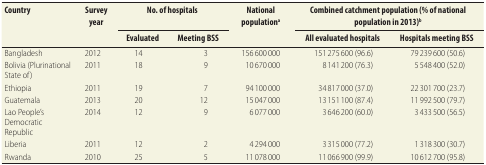
<table><thead><tr><td rowspan="2"><b>Country</b></td><td rowspan="2"><b>Survey year</b></td><td colspan="2"><b>No. of hospitals</b></td><td rowspan="2"><b>National population<sup>a</sup></b></td><td colspan="2"><b>Combined catchment population (% of national population in 2013)<sup>b</sup></b></td></tr><tr><td><b>Evaluated</b></td><td><b>Meeting BSS</b></td><td><b>All evaluated hospitals</b></td><td><b>Hospitals meeting BSS</b></td></tr></thead><tbody><tr><td>Bangladesh</td><td>2012</td><td>14</td><td>3</td><td>156 600 000</td><td>151 275 600 (96.6)</td><td>79 239 600 (50.6)</td></tr><tr><td>Bolivia (Plurinational State of)</td><td>2011</td><td>18</td><td>9</td><td>10 670 000</td><td>8 141 200 (76.3)</td><td>5 548 400 (52.0)</td></tr><tr><td>Ethiopia</td><td>2011</td><td>19</td><td>7</td><td>94 100 000</td><td>34 817 000 (37.0)</td><td>22 301 700 (23.7)</td></tr><tr><td>Guatemala</td><td>2013</td><td>20</td><td>12</td><td>15 047 000</td><td>13 151 100 (87.4)</td><td>11 992 500 (79.7)</td></tr><tr><td>Lao People&#x27;s Democratic Republic</td><td>2014</td><td>12</td><td>9</td><td>6 077 000</td><td>3 646 200 (60.0)</td><td>3 433 500 (56.5)</td></tr><tr><td>Liberia</td><td>2011</td><td>12</td><td>2</td><td>4 294 000</td><td>3 315 000 (77.2)</td><td>1 318 300 (30.7)</td></tr><tr><td>Rwanda</td><td>2010</td><td>25</td><td>5</td><td>11 078 000</td><td>11 066 900 (99.9)</td><td>10 612 700 (95.8)</td></tr></tbody></table>